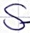
Text: S